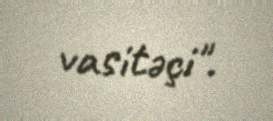
vasitəçi".